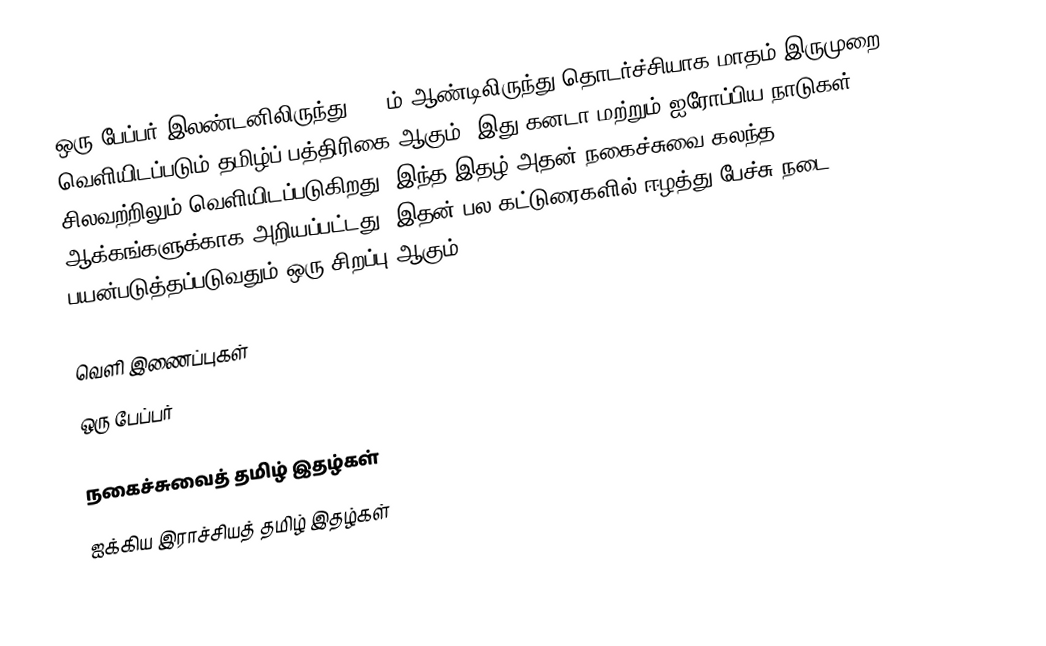
ஒரு பேப்பர் இலண்டனிலிருந்து 2004ம் ஆண்டிலிருந்து தொடர்ச்சியாக மாதம் இருமுறை வெளியிடப்படும் தமிழ்ப் பத்திரிகை ஆகும்.  இது கனடா மற்றும் ஐரோப்பிய நாடுகள் சிலவற்றிலும் வெளியிடப்படுகிறது. இந்த இதழ் அதன் நகைச்சுவை கலந்த ஆக்கங்களுக்காக அறியப்பட்டது.  இதன் பல கட்டுரைகளில் ஈழத்து பேச்சு நடை பயன்படுத்தப்படுவதும் ஒரு சிறப்பு ஆகும்.

வெளி இணைப்புகள்
ஒரு பேப்பர்

நகைச்சுவைத் தமிழ் இதழ்கள்
ஐக்கிய இராச்சியத் தமிழ் இதழ்கள்